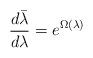
LaTeX: \begin{align*}\frac{d\bar \lambda}{d\lambda} = e^{\Omega(\lambda)}\end{align*}